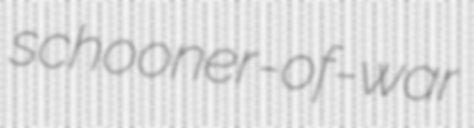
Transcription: schooner-of-war